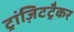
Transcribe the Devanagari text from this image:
ट्रांज़िटट्रैकर